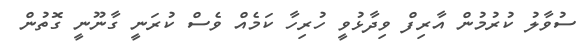
ސުވާލު ކުރުމުން އާރިފް ވިދާޅުވީ ހުރިހާ ކަމެއް ވެސް ކުރަނީ ގާނޫނީ ގޮތުން